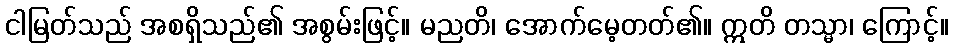
ငါမြတ်သည် အစရှိသည်၏ အစွမ်းဖြင့်။ မညတိ၊ အောက်မေ့တတ်၏။ ဣတိ တသ္မာ၊ ကြောင့်။